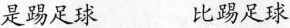
是踢足球 比踢足球